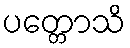
ပတ္တောသိ